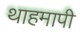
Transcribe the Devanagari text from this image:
थाहमापी